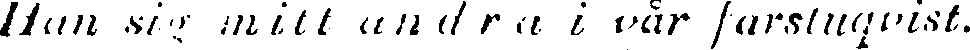
Han sig mitt andra i vår farstuqvist.